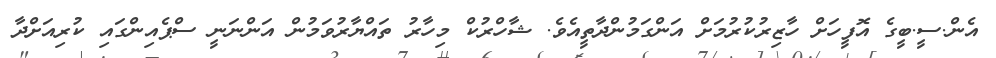
އެން.ސީ.ބީގެ އޮފީހަށް ހާޒިރުކުރުމަށް އަންގަމުންދާތީއެވެ. ޝާހްރުކް މިހާރު ތައްޔާރުވަމުން އަންނަނީ ސްޕެއިންގައި ކުރިއަށްދާ